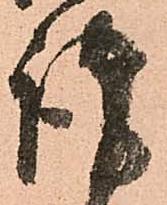
謹